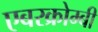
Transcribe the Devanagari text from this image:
एबरक्रोम्बी